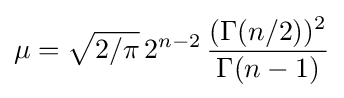
\mu ={\sqrt {2/\pi }}\,2^{n-2}\,{\frac {(\Gamma (n/2))^{2}}{\Gamma (n-1)}}